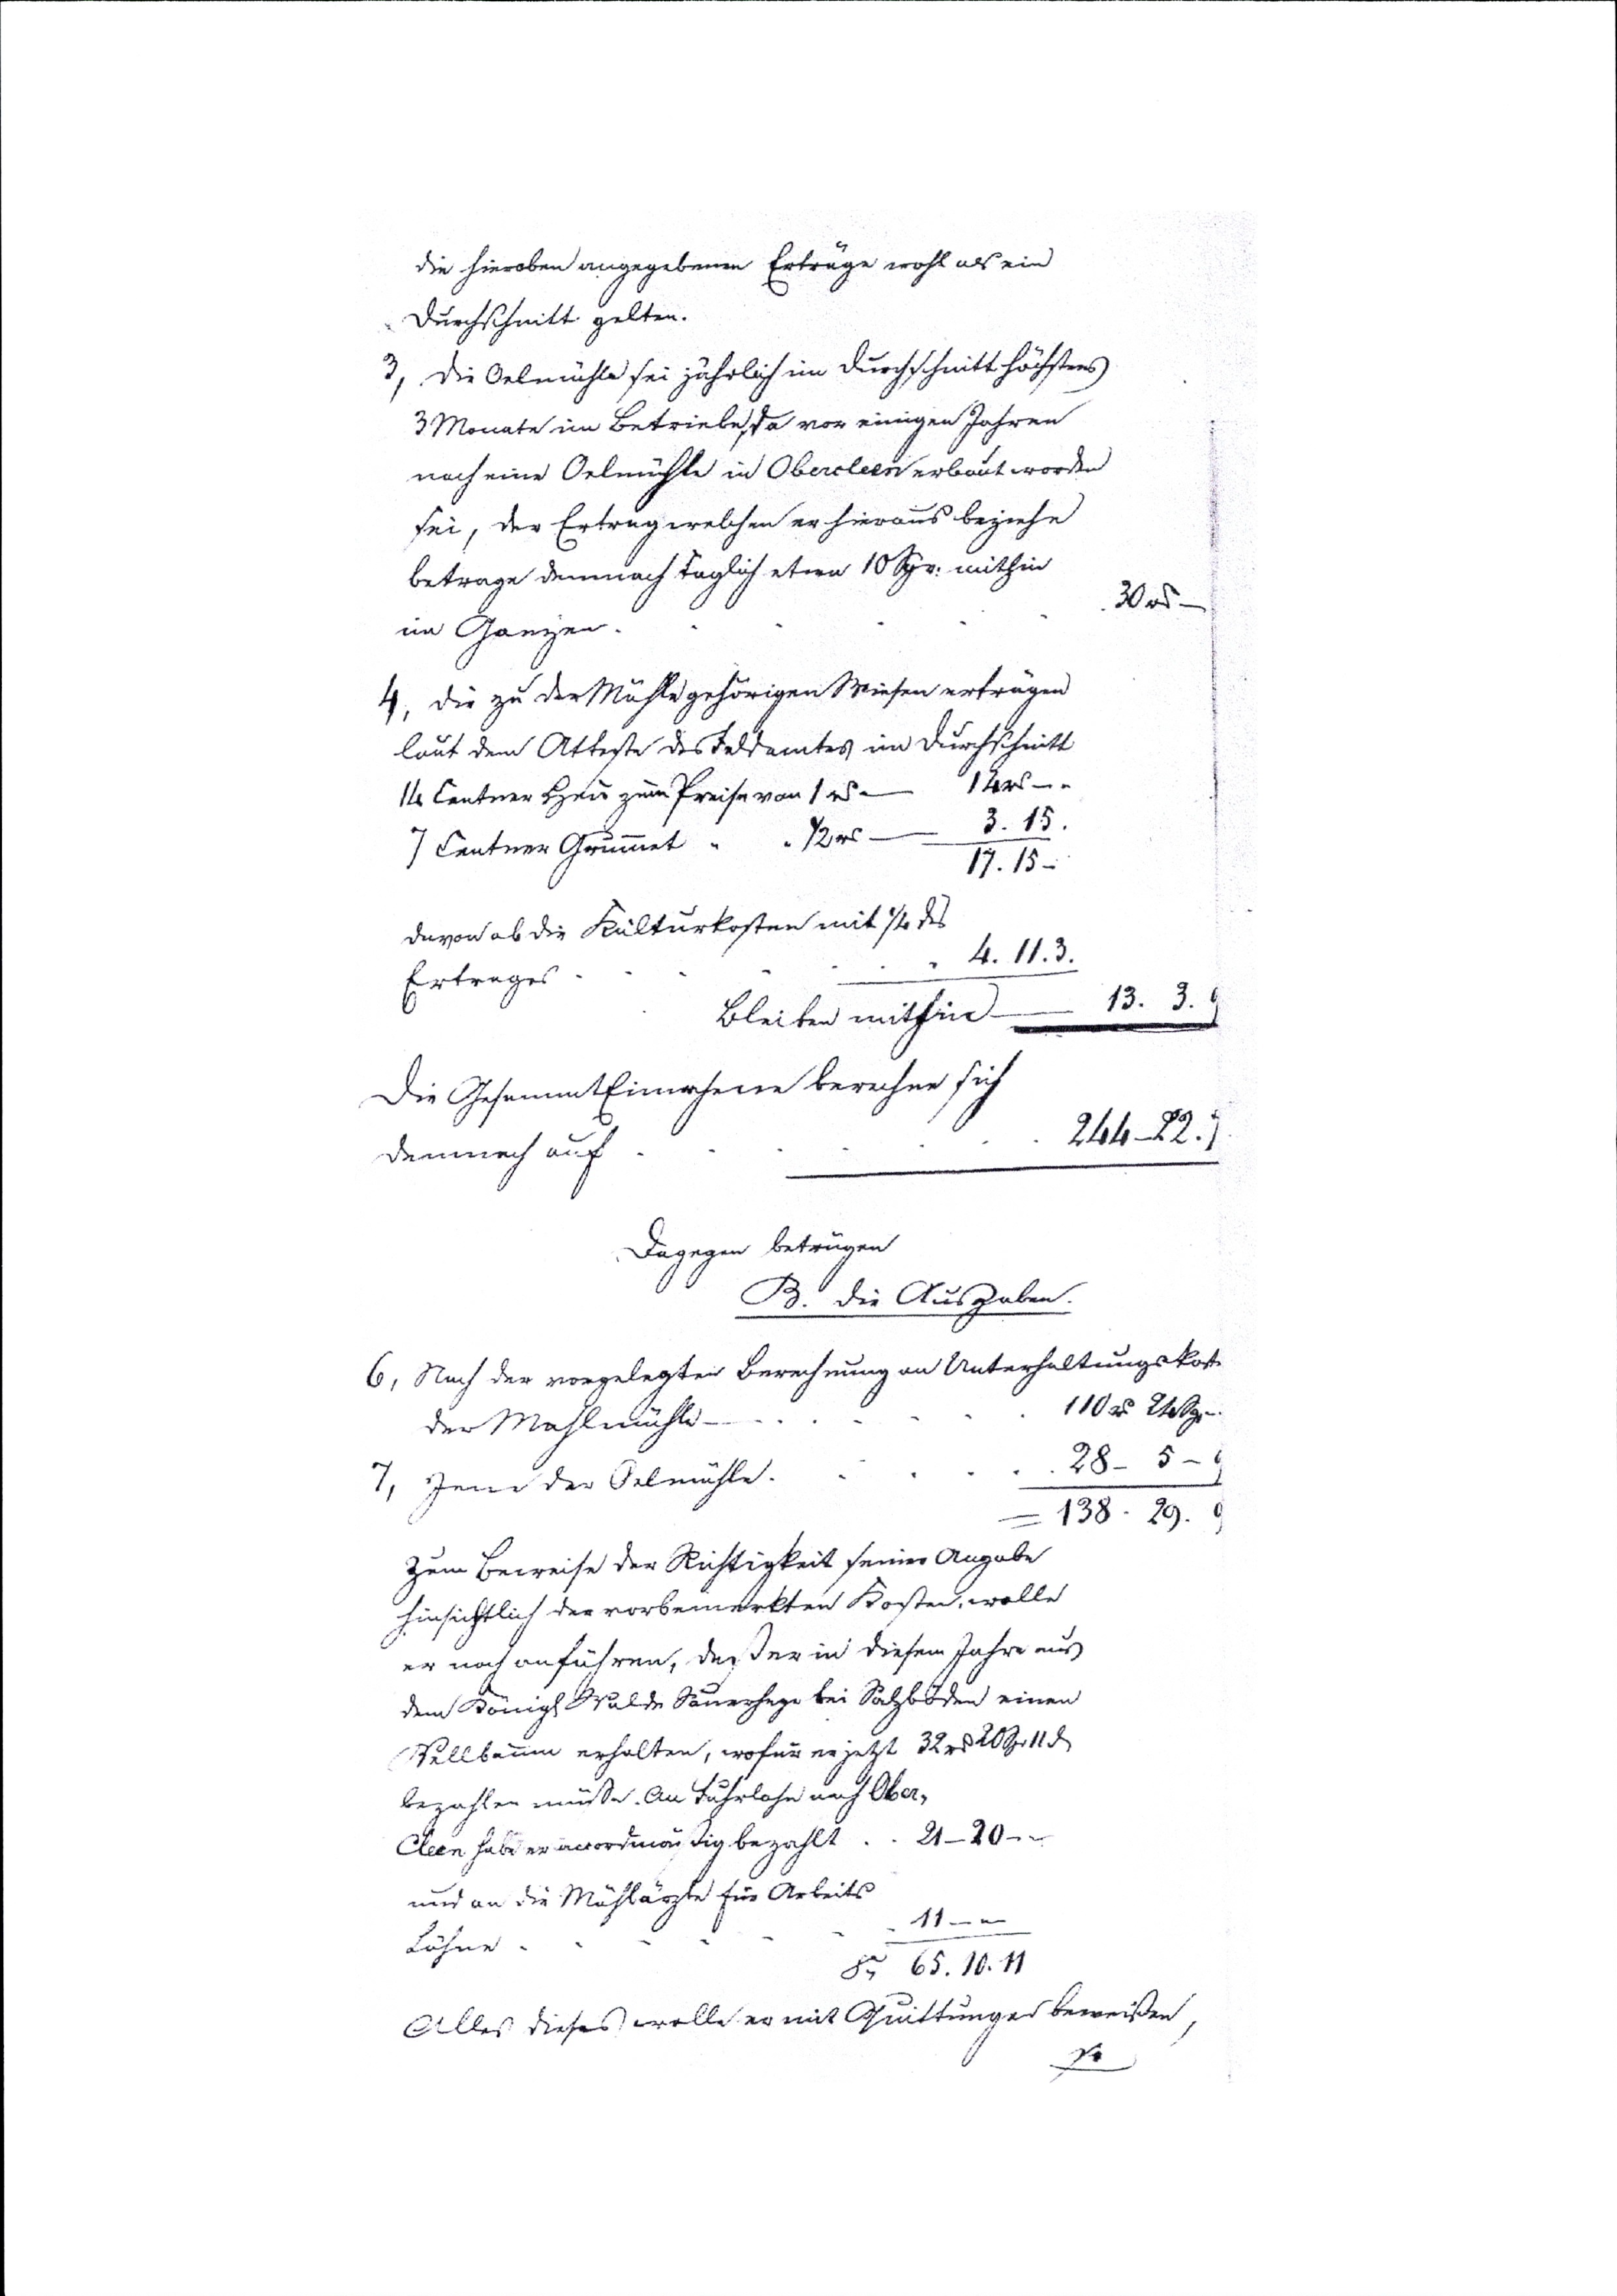
die hieroben angegebenen Erträge wohl als ein
Durchschnitt gelten.
3, die Oelmühle sei jährlich ein Durchschnitt höchstens
3 Monate im Betriebe, da vor einigen Jahren
noch eine Oelmühle in Obercleen erbaut worden
sei, der Ertrag welchen er hieraus beziehe
betrage demnach täglich etwa 10 Sgr: mithin
im Ganzen   .   .   .   . 30 rthl. -
4, die zu der Mühle gehörigen Wiesen ertrügen
laut den Atteste des Feldamtes im Durchschnitt
14 Centner Heu zum Preise von  1 rthl --  14 rthl
7 Centner Grummet   "       12 rthl         3. 15
													17.15
davon ab die Kulturkosten mit 1/4 dS
Ertrages    .    .   .   .   4. 11. 3
bleibe mithin   ---   13. 3.
Die GesammtEinahme berechne sich
damit auf   .    .     244_22.
Dagegen betrügen
B. die Ausgaben.
6, Nach der vorgelegten Berechnung an Unterhaltungskost
der Mahlmühle   .    .    .    .    .    110 rthl 21 Sgr
7, Jener der Oelmühle .  .    .    .   28_ 5 _9
													= 138. 29. 9
Zum Beweise der Richtigkeit seiner Angabe
Hinsichtlich der vorbemerkten Kosten, wolle
er noch anführen daß er in diesem Jahr aus
den Königl Walde Sauerhege bei Salzböden einen
Fallbaum erhalten, wofür er jetzt 32 rthl 20 Sgr 11 d
bezahlen müßte. An Fuhrlohn nach Ober¬
cleen habe er verordmäßig bezahlt  .   .   21_20 __
und an die Mühlärzte für Arbeits
Löhne   .   .   .    11 _
S 65 .10. 11
Alles dieses wolle er mit Quittungen beweisen,
so